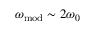
\omega _ { \mathrm { m o d } } \sim 2 \omega _ { 0 }